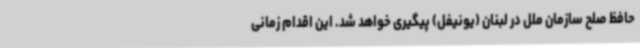
حافظ صلح سازمان ملل در لبنان (یونیفل) پیگیری خواهد شد. این اقدام زمانی